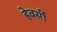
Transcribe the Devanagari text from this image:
हेवर्सी